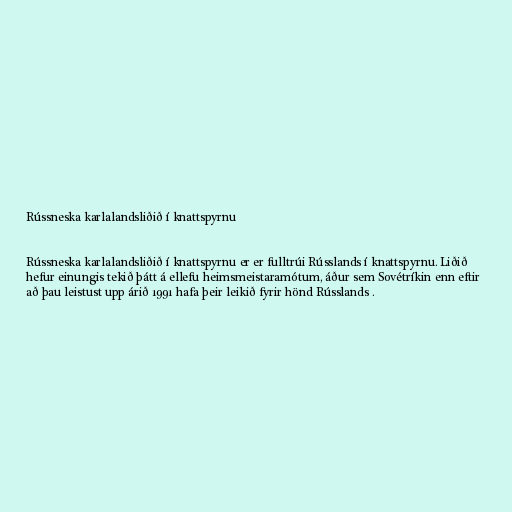
Rússneska karlalandsliðið í knattspyrnu

Rússneska karlalandsliðið í knattspyrnu er er fulltrúi Rússlands í knattspyrnu. Liðið
hefur einungis tekið þátt á ellefu heimsmeistaramótum, áður sem Sovétríkin enn eftir
að þau leistust upp árið 1991 hafa þeir leikið fyrir hönd Rússlands .